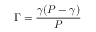
\Gamma = \frac { \gamma ( P - \gamma ) } { P }